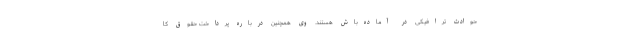
حوادث ترافیکی در آماده‌باش هستند. وی همچنین درباره پرداخت حقوق کا